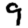
Digit: 9